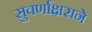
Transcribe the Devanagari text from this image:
सुवर्णाक्षराने